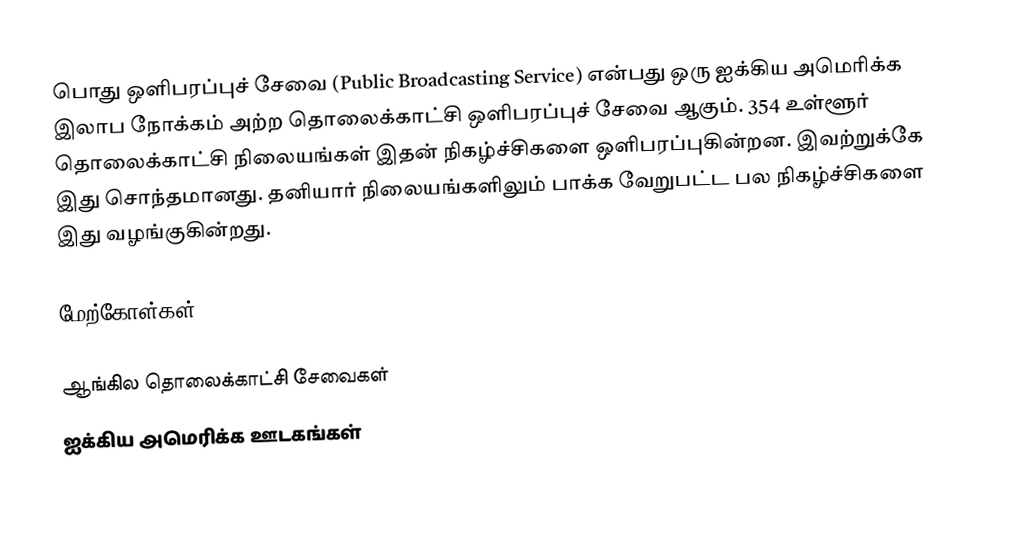
பொது ஒளிபரப்புச் சேவை (Public Broadcasting Service) என்பது ஒரு ஐக்கிய அமெரிக்க இலாப நோக்கம் அற்ற தொலைக்காட்சி ஒளிபரப்புச் சேவை ஆகும். 354 உள்ளூர் தொலைக்காட்சி நிலையங்கள் இதன் நிகழ்ச்சிகளை ஒளிபரப்புகின்றன. இவற்றுக்கே இது சொந்தமானது. தனியார் நிலையங்களிலும் பாக்க வேறுபட்ட பல நிகழ்ச்சிகளை இது வழங்குகின்றது.

மேற்கோள்கள்

ஆங்கில தொலைக்காட்சி சேவைகள்
ஐக்கிய அமெரிக்க ஊடகங்கள்